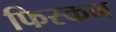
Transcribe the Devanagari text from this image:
फिस्कन